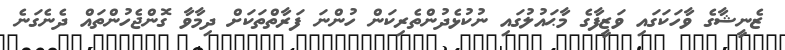
ޒެނީޝާގެ ވާހަކަގައި ވަޒީފާގެ މާޙައުލުގައި ނުކުޅެދުންތެރިކަން ހުންނަ ފަރާތްތަކަށް ދިމާވާ ގޮންޖެހުންތައް ދެނެގަނެ